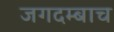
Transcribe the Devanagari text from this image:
जगदम्बाच